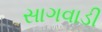
સાગવાડી